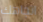
اتجاهك